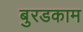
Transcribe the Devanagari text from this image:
बुरडकाम